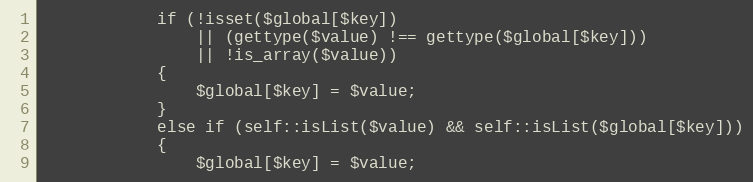
Language: PHP
			if (!isset($global[$key])
				|| (gettype($value) !== gettype($global[$key]))
				|| !is_array($value))
			{
				$global[$key] = $value;
			}
			else if (self::isList($value) && self::isList($global[$key]))
			{
				$global[$key] = $value;